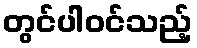
တွင်ပါဝင်သည့်